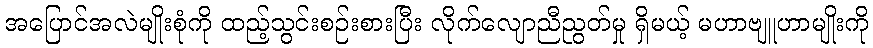
အပြောင်အလဲမျိုးစုံကို ထည့်သွင်းစဉ်းစားပြီး လိုက်လျောညီညွတ်မှု ရှိမယ့် မဟာဗျူဟာမျိုးကို